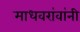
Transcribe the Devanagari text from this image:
माधवरांवांनी